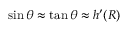
\sin \theta \approx \tan \theta \approx h ^ { \prime } ( R )